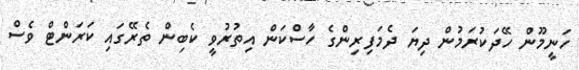
ހަނީމޫން ހޭދަކުރަމުން ދިޔަ ދެމަފިރިންގެ ހާސްކަން އިތުރުވީ ކެބިން ތެރޭގައި ކަރަންޓް ވެސް